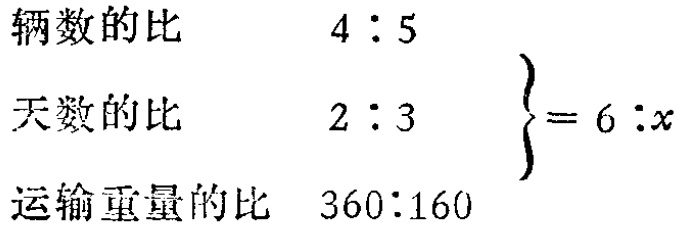
\[

\begin{align*}

&\text{辆数的比}&4:5\\

&\text{天数的比}&2:3\\

&\text{运输重量的比}&360:160

\end{align*}

\left.\begin{array}{r}

\\

\\

\end{array}\right\}=6:x

\]